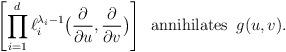
LaTeX: \begin{align*}\left[\prod_{i=1}^d \ell_i^{\lambda_i-1}\bigl(\frac{\partial}{\partial u},\frac{\partial}{\partial v}\bigr)\right] \,\,\, {\rm annihilates} \,\,\, g(u,v).\end{align*}